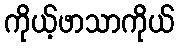
ကိုယ့်ဖာသာကိုယ်